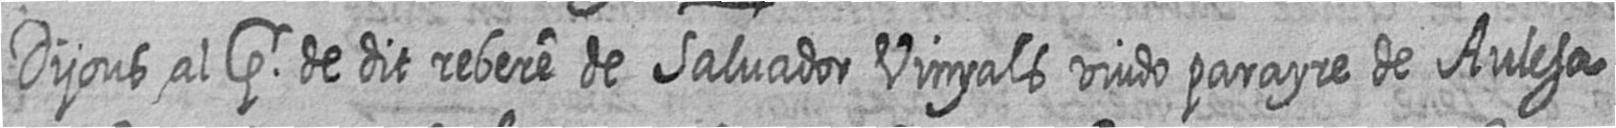
Dijous al pr de dit rebere de Salvador Vinyals viudo parayre de Aulesa